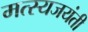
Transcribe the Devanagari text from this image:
मत्स्यजयंती